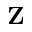
{ \mathbf Z }